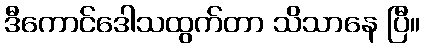
ဒီကောင်ဒေါသထွက်တာ သိသာနေ ပြီ။